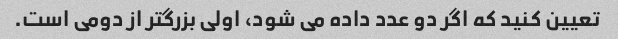
تعیین کنید که اگر دو عدد داده می شود، اولی بزرگتر از دومی است.